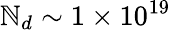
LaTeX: \mathbb{N}_{d}\sim1\times10^{19}